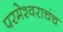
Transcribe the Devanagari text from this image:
परमेश्वराचंच